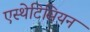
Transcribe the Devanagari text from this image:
एस्थेटिसियन